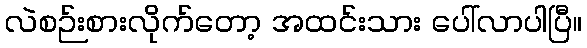
လဲစဉ်းစားလိုက်တော့ အထင်းသား ပေါ်လာပါပြီ။